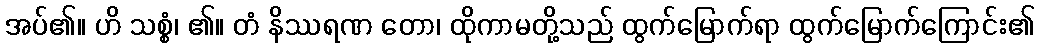
အပ်၏။ ဟိ သစ္စံ၊ ၏။ တံ နိဿရဏ တော၊ ထိုကာမတို့သည် ထွက်မြောက်ရာ ထွက်မြောက်ကြောင်း၏